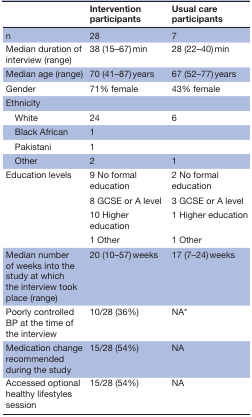
<table><thead><tr><td></td><td><b>Intervention participants</b></td><td><b>Usual care participants</b></td></tr></thead><tbody><tr><td>n</td><td>28</td><td>7</td></tr><tr><td>Median duration of interview (range)</td><td>38 (15–67) min</td><td>28 (22–40) min</td></tr><tr><td>Median age (range)</td><td>70 (41–87) years</td><td>67 (52–77) years</td></tr><tr><td>Gender</td><td>71% female</td><td>43% female</td></tr><tr><td>Ethnicity</td><td></td><td></td></tr><tr><td> White</td><td>24</td><td>6</td></tr><tr><td> Black African</td><td>1</td><td></td></tr><tr><td> Pakistani</td><td>1</td><td></td></tr><tr><td> Other</td><td>2</td><td>1</td></tr><tr><td rowspan="4">Education levels</td><td>9 No formal education</td><td>2 No formal education</td></tr><tr><td>8 GCSE or A level</td><td>3 GCSE or A level</td></tr><tr><td>10 Higher education</td><td>1 Higher education</td></tr><tr><td>1 Other</td><td>1 Other</td></tr><tr><td>Median number of weeks into the study at which the interview took place (range)</td><td>20 (10–57) weeks</td><td>17 (7–24) weeks</td></tr><tr><td>Poorly controlled BP at the time of the interview</td><td>10/28 (36%)</td><td>NA*</td></tr><tr><td>Medication change recommended during the study</td><td>15/28 (54%)</td><td>NA</td></tr><tr><td>Accessed optional healthy lifestyles session</td><td>15/28 (54%)</td><td>NA</td></tr></tbody></table>